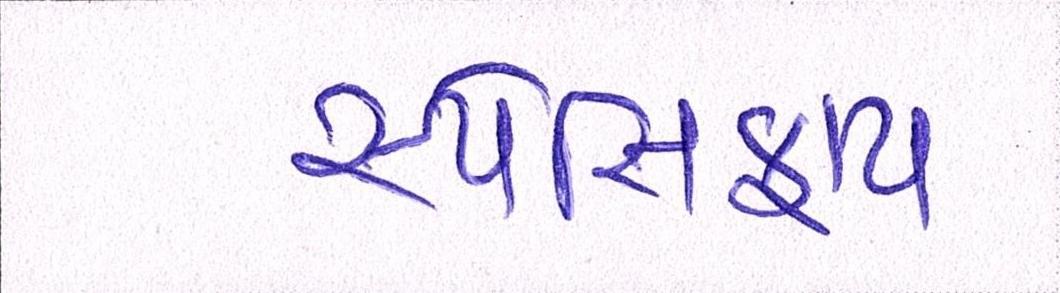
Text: સ્પેસિફાય